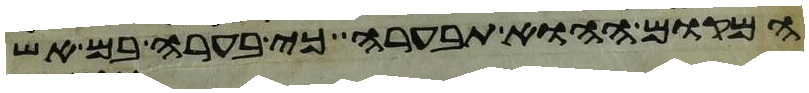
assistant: המקום ההוא תבערה כי בערה בם אש